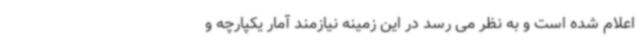
اعلام شده است و به نظر می رسد در این زمینه نیازمند آمار یکپارچه و